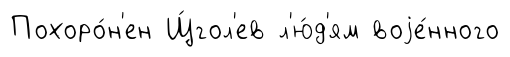
Похоро́н'ен Щ́гол'ев л'ю́д'ям воjе́нного